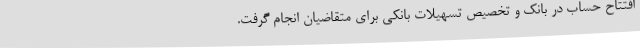
افتتاح حساب در بانک و تخصیص تسهیلات بانکی برای متقاضیان انجام گرفت.